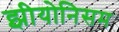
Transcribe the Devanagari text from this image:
झीयोनिसम